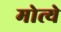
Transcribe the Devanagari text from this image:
मोत्ये